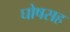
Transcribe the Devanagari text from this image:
घोषसह